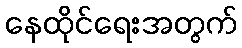
နေထိုင်ရေးအတွက်